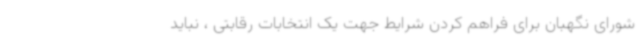
شورای نگهبان برای فراهم کردن شرایط جهت یک انتخابات رقابتی ، نباید